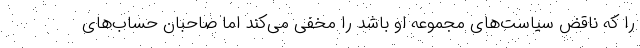
را که ناقض سیاست‌های مجموعه او باشد را مخفی می‌کند اما صاحبان حساب‌های